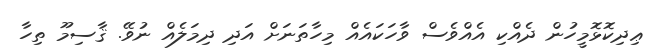
ޢިދިކޮޅޮމީހުން ދެއްކި އެއްވެސް ވާހަކައެއް މިހާތަނަށް އަދި ދިމަލެއް ނުވޭ. ޤާސިމޫ ތިހާ